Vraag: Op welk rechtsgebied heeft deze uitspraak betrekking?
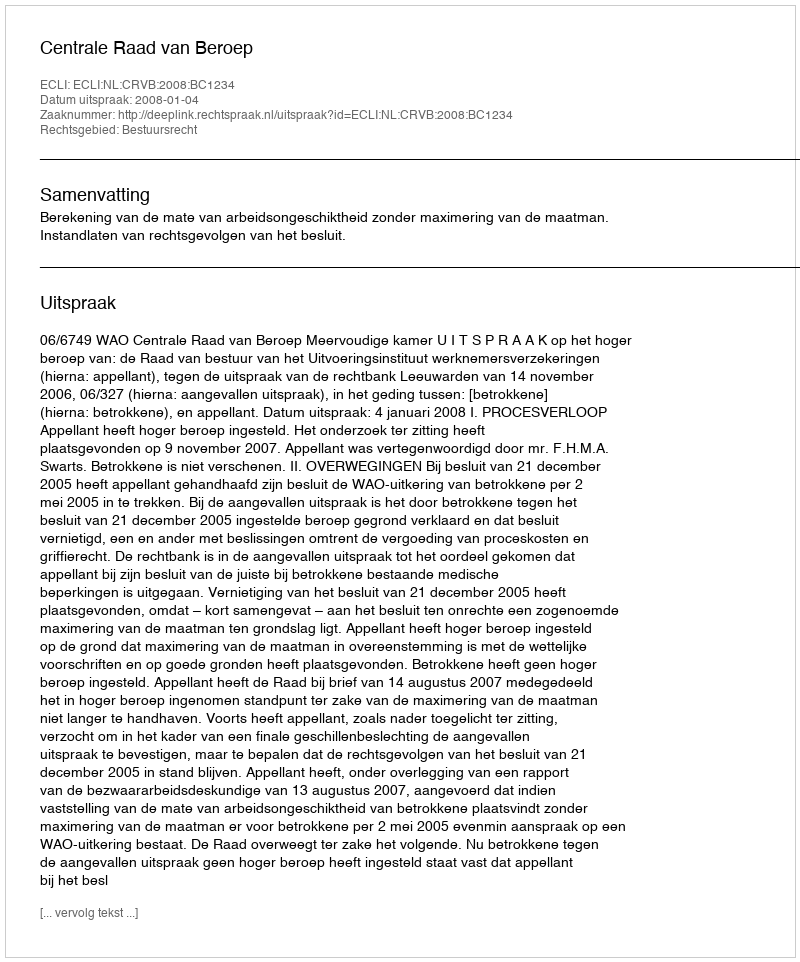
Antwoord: Bestuursrecht